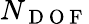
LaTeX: N_{\mathrm{~D~O~F~}}